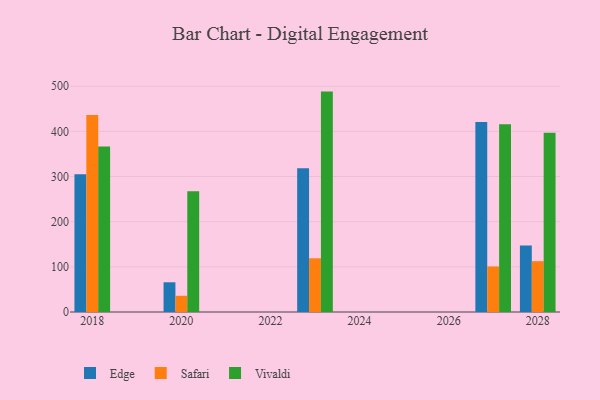
{"axis": {"x": "Year", "y": "Satisfaction Score"}, "legend": ["Edge", "Safari", "Vivaldi"], "data": [{"x": "2028", "y": 147.4, "type": "Edge"}, {"x": "2028", "y": 112.5, "type": "Safari"}, {"x": "2028", "y": 396.7, "type": "Vivaldi"}, {"x": "2023", "y": 318.1, "type": "Edge"}, {"x": "2023", "y": 118.9, "type": "Safari"}, {"x": "2023", "y": 488.0, "type": "Vivaldi"}, {"x": "2027", "y": 420.5, "type": "Edge"}, {"x": "2027", "y": 100.8, "type": "Safari"}, {"x": "2027", "y": 415.6, "type": "Vivaldi"}, {"x": "2018", "y": 304.8, "type": "Edge"}, {"x": "2018", "y": 436.2, "type": "Safari"}, {"x": "2018", "y": 366.4, "type": "Vivaldi"}, {"x": "2020", "y": 65.8, "type": "Edge"}, {"x": "2020", "y": 35.9, "type": "Safari"}, {"x": "2020", "y": 267.5, "type": "Vivaldi"}]}